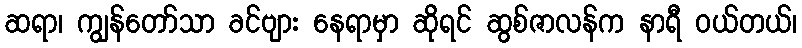
ဆရာ၊ ကျွန်တော်သာ ခင်ဗျား နေရာမှာ ဆိုရင် ဆွစ်ဇာလန်က နာရီ ဝယ်တယ်၊